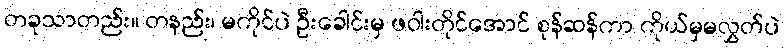
တခုသာတည်း။ တနည်း၊ မကိုင်ပဲ ဦးခေါင်းမှ ဖဝါးတိုင်အောင် စုန်ဆန်ကာ ကိုယ်မှမလွှတ်ပဲ